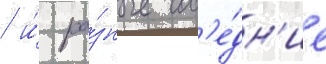
/ и́ ра́зные сос'е́дн'ие